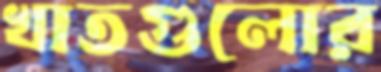
খাতগুলোর